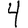
Digit: 4